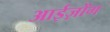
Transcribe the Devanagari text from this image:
आईज़ोंग